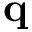
\mathbf q